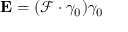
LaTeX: \mathbf { E } = ( { \mathcal { F } } \cdot \gamma _ { 0 } ) \gamma _ { 0 }